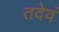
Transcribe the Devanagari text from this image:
तदेवं